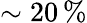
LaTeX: \sim 20\, \%